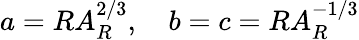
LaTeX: a=RA_{R}^{2/3},\quad b=c=RA_{R}^{-1/3}